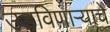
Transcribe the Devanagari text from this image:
उडविणाऱ्याचे